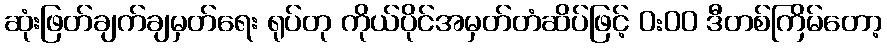
ဆုံးဖြတ်ချက်ချမှတ်ရေး ရုပ်တု ကိုယ်ပိုင်အမှတ်တံဆိပ်ဖြင့် 0:00 ဒီတစ်ကြိမ်တော့